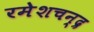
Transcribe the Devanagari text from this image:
रमेशचन्‍द्र